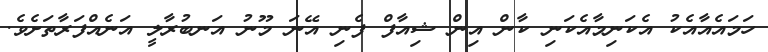
ހަމައެއާއެކު އެކަނިމާއެކަނި ކާން އިން ޝިއާފް ފެނި އޭނަ މޫނު އަނބުރާލީ އަނެއްފަރާތަށެވެ.